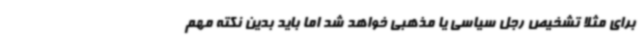
برای مثلاً تشخیص رجل سیاسی یا مذهبی خواهد شد اما باید بدین نکته مهم